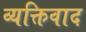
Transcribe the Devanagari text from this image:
व्‍यक्तिवाद